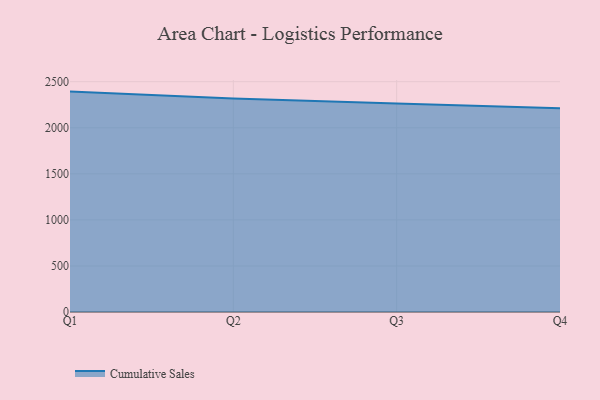
{"axis": {"x": "Quarter", "y": "Inventory Turnover"}, "legend": ["Cumulative Sales"], "data": [{"x": "Q1", "y": 2392.5, "type": "Cumulative Sales"}, {"x": "Q2", "y": 2318.4, "type": "Cumulative Sales"}, {"x": "Q3", "y": 2263.5, "type": "Cumulative Sales"}, {"x": "Q4", "y": 2212.2, "type": "Cumulative Sales"}]}